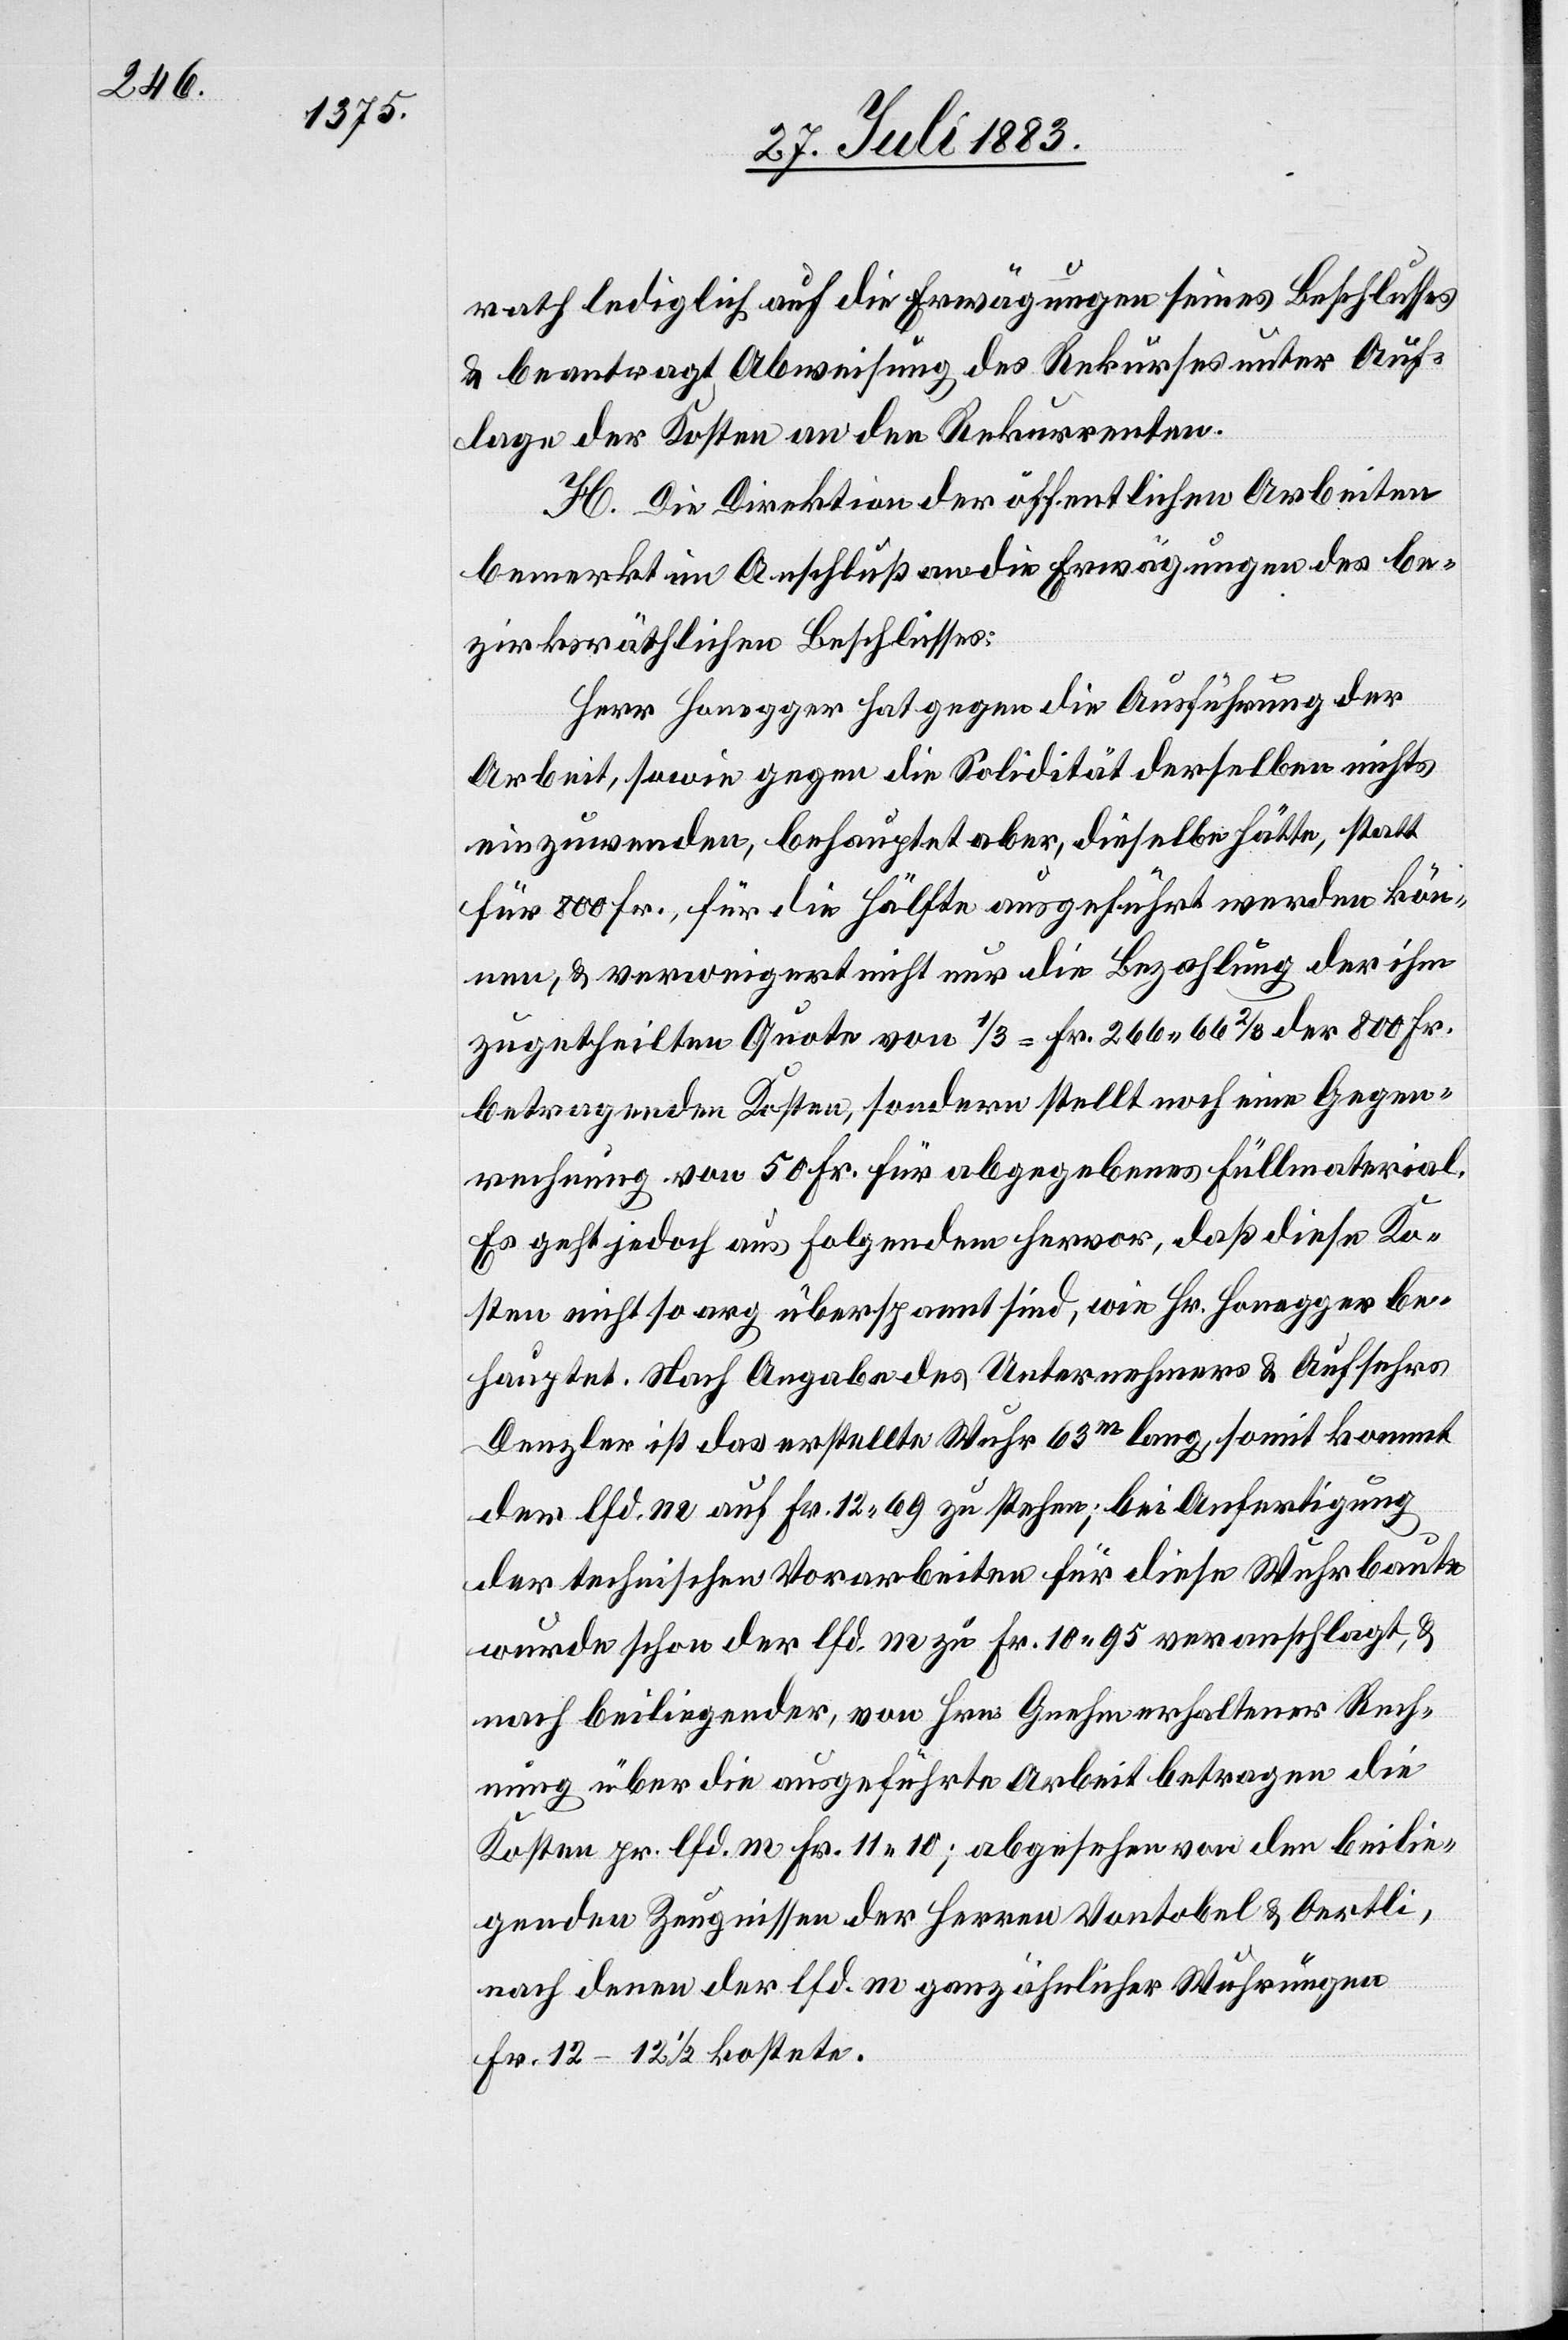
rath lediglich auf die Erwägungen seines Beschlusses
& beantrag Abweisung des Rekurses unter Auf¬
lage der Kosten an den Rekurrenten.
H. Die Direktion der öffentlichen Arbeiten
bemerkt im Anschluß an die Erwägungen des be¬
zirksräthlichen Beschlusses:
Herr Honegger hat gegen die Ausführung der
Arbeit, sowie gegen die Solidität derselben nichts
einzuwenden, behauptet aber, dieselbe hätte, statt
für 800 Fr., für die Hälfte ausgeführt werden kön¬
nen, & verweigert nicht nur die Bezahlung der ihm
zugetheilten Quote von 1/3 = Fr. 266 66 2/3 der 800 Fr.
betragenden Kosten, sondern stellt noch eine Gegenfo¬
rderung von 50 Fr. für abgegebenes Füllmaterial.
Es geht jedoch aus folgendem hervor, daß diese Ko¬
sten nicht so arg überspannt sind, wie Hr. Honegger be¬
hauptet. Nach Angabe des Unternehmers & Aufsehers
Denzler ist das erstellte Wuhr 63m lang, somit kommt
der lfd. m auf Fr. 12 69 zu stehen; bei Anfertigung
der technischen Vorarbeiten für diese Wuhrbaute
wurde schon der lfd. m zu Fr. 10 95 veranschlagt, &
nach beiliegender, von Hrn. Gnehm erhaltener Rech¬
nung über die ausgeführte Arbeit betragen die
Kosten pr. lfd. m Fr. 11 10; abgesehen von den beilie¬
genden Zeugnissen der Herren Vontobel & Oertli,
nach denen der lfd. m ganz ähnlicher Wuhrungen
Fr. 12–12 1/2 kostete.